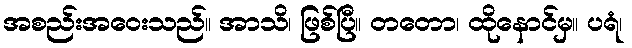
အစည်းအဝေးသည်။ အာသိ၊ ဖြစ်ပြီ။ တတော၊ ထိုနောင်မှ။ ပရံ၊